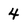
Character: 4